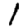
Digit: 1